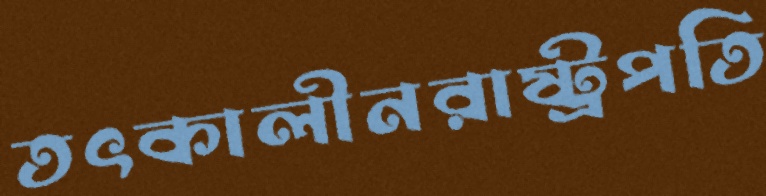
তৎকালীনরাষ্ট্রপতি